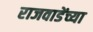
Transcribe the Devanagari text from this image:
राजवाडेंच्या